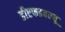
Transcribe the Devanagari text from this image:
डीएफडबल्‍यू